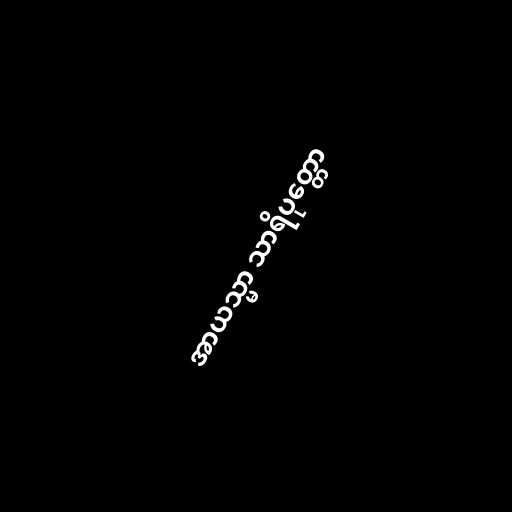
အာယသ္မာ သာရိပုတ္တော